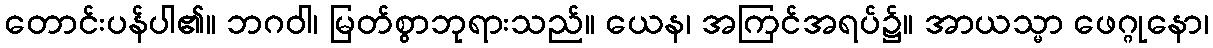
တောင်းပန်ပါ၏။ ဘဂဝါ၊ မြတ်စွာဘုရားသည်။ ယေန၊ အကြင်အရပ်၌။ အာယသ္မာ ဖေဂ္ဂုနော၊